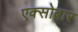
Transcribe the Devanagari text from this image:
एक्सोबार